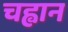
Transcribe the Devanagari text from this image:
चह्वान